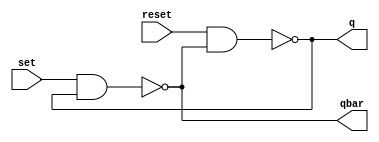
module SRlatch(

input	set, reset,
output	q, qbar
);

nand	#(1)	n1(q, reset, qbar);	// Delay of 1 on gate n1
nand	#(1)	n2(qbar, set, q);	// Delay of 1 on gate n2

endmodule

//TEST BENCH
module tb;

reg	SET, RST;
wire	Q, QBAR;


SRlatch	Latch1(.set(SET), .reset(RST), .q(Q), .qbar(QBAR));

initial begin
// 1 cycle
SET = 1'b0; RST = 1'b0;
#5
SET = 1'b0; RST = 1'b1;
#5
SET = 1'b1; RST = 1'b0;
#5
SET = 1'b1; RST = 1'b1;
// 2 cycle
SET = 1'b0; RST = 1'b0;
#5
SET = 1'b0; RST = 1'b1;
#5
SET = 1'b1; RST = 1'b0;
#5
SET = 1'b1; RST = 1'b1;
#10
$finish;

end

initial begin
$dumpfile("delay_SRlatch.vcd");
$dumpvars;

end

endmodule